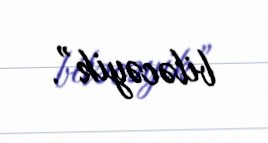
biləcəyik”.